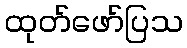
ထုတ်ဖော်ပြသ